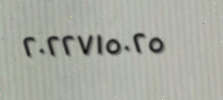
٢٠٢٢٧١٥٠٢٥